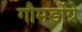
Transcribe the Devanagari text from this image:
गौमडोंग्रे